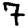
Digit: 7